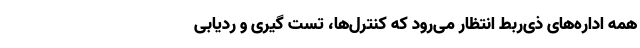
همه اداره‌های ذی‌ربط انتظار می‌رود که کنترل‌ها، تست گیری و ردیابی